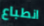
انطباع